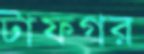
টাফগর